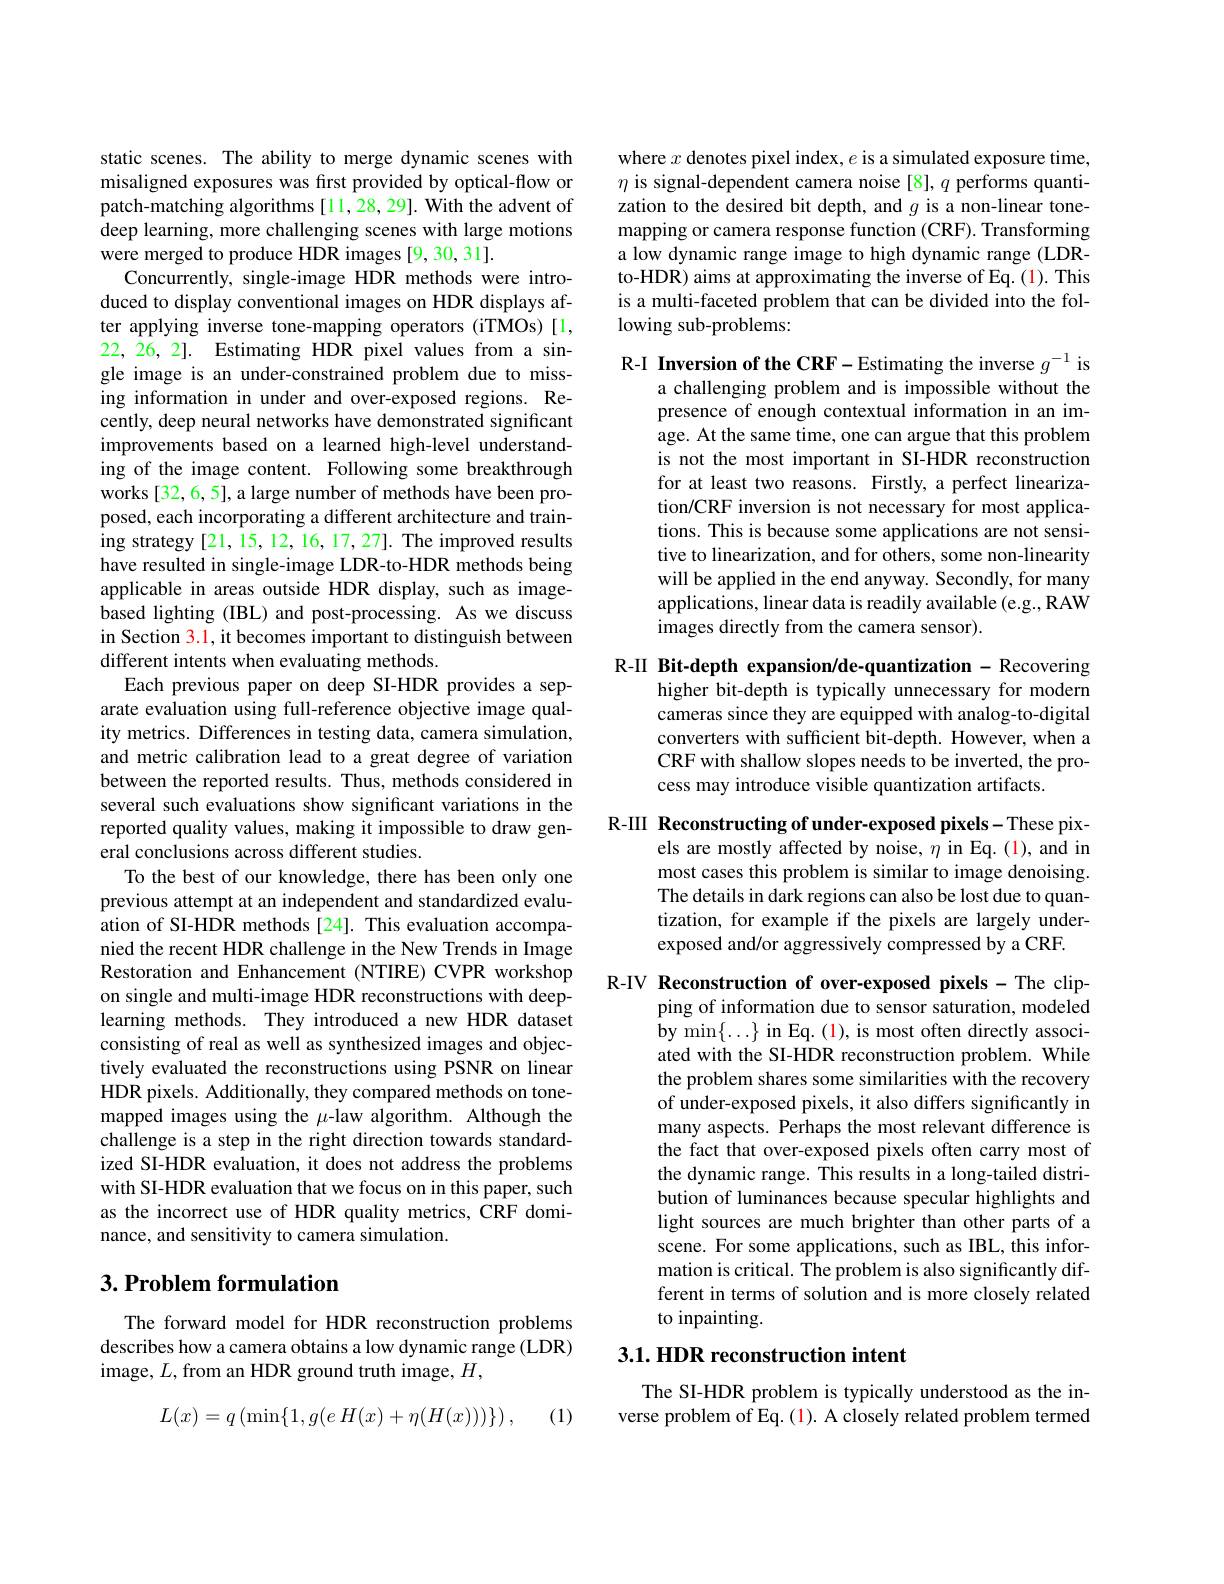
static scenes. The ability to merge dynamic scenes with misaligned exposures was first provided by optical-flow or patch-matching algorithms [11,28,29]. With the advent of deep learning, more challenging scenes with large motions were merged to produce HDR images [9,30,31].
Concurrently, single-image HDR methods were introduced to display conventional images on HDR displays after applying inverse tone-mapping operators (iTMOs)[1, 22, 26, 2]. Estimating HDR pixel values from a single image is an under-constrained problem due to missing information in under and over-exposed regions. Recently, deep neural networks have demonstrated significant improvements based on a learned high-level understanding of the image content. Following some breakthrough works [32, 6, 5], a large number of methods have been proposed, each incorporating a different architecture and training strategy [21, 15, 12, 16, 17, 27]. The improved results have resulted in single-image LDR-to-HDR methods being applicable in areas outside HDR display, such as imagebased lighting (IBL) and post-processing. As we discuss in Section 3.1, it becomes important to distinguish between different intents when evaluating methods.
Each previous paper on deep SI-HDR provides a separate evaluation using full-reference objective image quality metrics. Differences in testing data, camera simulation, and metric calibration lead to a great degree of variation between the reported results. Thus, methods considered in several such evaluations show significant variations in the reported quality values, making it impossible to draw general conclusions across different studies.
To the best of our knowledge, there has been only one previous attempt at an independent and standardized evaluation of SI-HDR methods[24]. This evaluation accompanied the recent HDR challenge in the New Trends in Image Restoration and Enhancement (NTIRE) CVPR workshop on single and multi-image HDR reconstructions with deeplearning methods. They introduced a new HDR dataset consisting of real as well as synthesized images and objectively evaluated the reconstructions using PSNR on linear HDR pixels. Additionally, they compared methods on tonemapped images using the $\mu$-law algorithm. Although the challenge is a step in the right direction towards standardized SI-HDR evaluation, it does not address the problems with SI-HDR evaluation that we focus on in this paper, such as the incorrect use of HDR quality metrics, CRF dominance, and sensitivity to camera simulation.

## $3. \textbf{Problem formulation}$

The forward model for HDR reconstruction problems describes how a camera obtains a low dynamic range (LDR) image, $L$, from an HDR ground truth image, $H$,
$$L(x)=q\left(\min\{1,g(eH(x)+\eta(H(x)))\}\right),$$
(1)

where $x$ denotes pixel index, $e$ is a simulated exposure time, $\eta$ is signal-dependent camera noise[8], $q$ performs quantization to the desired bit depth, and $g$ is a non-linear tonemapping or camera response function (CRF). Transforming a low dynamic range image to high dynamic range (LDRto-HDR) aims at approximating the inverse of Eq.(1). This is a multi-faceted problem that can be divided into the fol- ${\mathrm{lowing~sub-problems:}}$

R-I Inversion of the CRF-Estimating the inverse $g^-1$ is
a challenging problem and is impossible without the presence of enough contextual information in an image. At the same time, one can argue that this problem is not the most important in SI-HDR reconstruction for at least two reasons. Firstly, a perfect linearization/CRF inversion is not necessary for most applications. This is because some applications are not sensitive to linearization, and for others, some non-linearity will be applied in the end anyway. Secondly, for many applications, linear data is readily available (e.g., RAW images directly from the camera sensor).

R-II Bit-depth expansion/de-quantization - Recovering
higher bit-depth is typically unnecessary for modern cameras since they are equipped with analog-to-digital converters with sufficient bit-depth. However, when a CRF with shallow slopes needs to be inverted, the process may introduce visible quantization artifacts.

R-III Reconstructing of under-exposed pixels-These pix-
els are mostly affected by noise, $\eta$ in Eq.(1), and in most cases this problem is similar to image denoising. The details in dark regions can also be lost due to quantization, for example if the pixels are largely underexposed and/or aggressively compressed by a CRF.

R-IV Reconstruction of over-exposed pixels - The clip-
ping of information due to sensor saturation, modeled by min$\{\ldots\}$ in Eq.(1), is most often directly associated with the SI-HDR reconstruction problem. While the problem shares some similarities with the recovery of under-exposed pixels, it also differs significantly in many aspects. Perhaps the most relevant difference is the fact that over-exposed pixels often carry most of the dynamic range. This results in a long-tailed distribution of luminances because specular highlights and light sources are much brighter than other parts of a scene. For some applications, such as IBL, this information is critical. The problem is also significantly different in terms of solution and is more closely related to inpainting.

## 3.1. HDR reconstruction intent

The SI-HDR problem is typically understood as the inverse problem of Eq.(1). A closely related problem termed